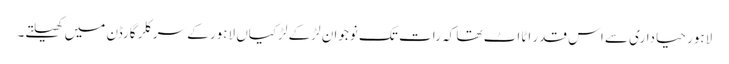
لاہور حیاداری سے اس قدر اٹااٹ تھا کہ رات تک نوجوان لڑکے لڑکیاں لاہور کے سرکلر گارڈن میں کھیلتے۔